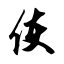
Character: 使